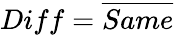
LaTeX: Diff={\overline{{Same}}}